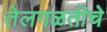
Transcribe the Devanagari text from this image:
तेलगळतीचे